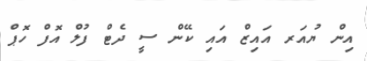
އިން ޔުއަރ އައިޒް އައި ކޭން ސީ ދެޓް ފުލް އޮފް ހޮޕް